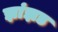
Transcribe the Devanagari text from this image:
झांझड